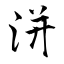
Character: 洴